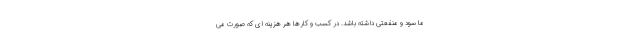
ما سود و منفعتی داشته باشد. در کسب و کارها هر هزینه ای که صورت می